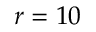
r = 1 0